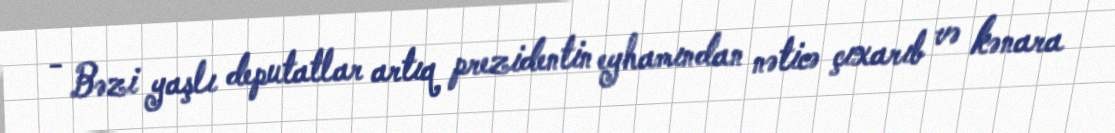
- Bəzi yaşlı deputatlar artıq prezidentin eyhamından nəticə çıxarıb və kənara